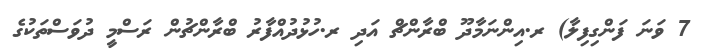
7 ވަނަ ފަންގިފިލާ) ރ.އިންނަމާދޫ ބްރާންޗް އަދި ރ.ހުޅުދުއްފާރު ބްރާންޗުން ރަސްމީ ދުވަސްތަކުގެ